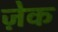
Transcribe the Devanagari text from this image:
ज़ेक